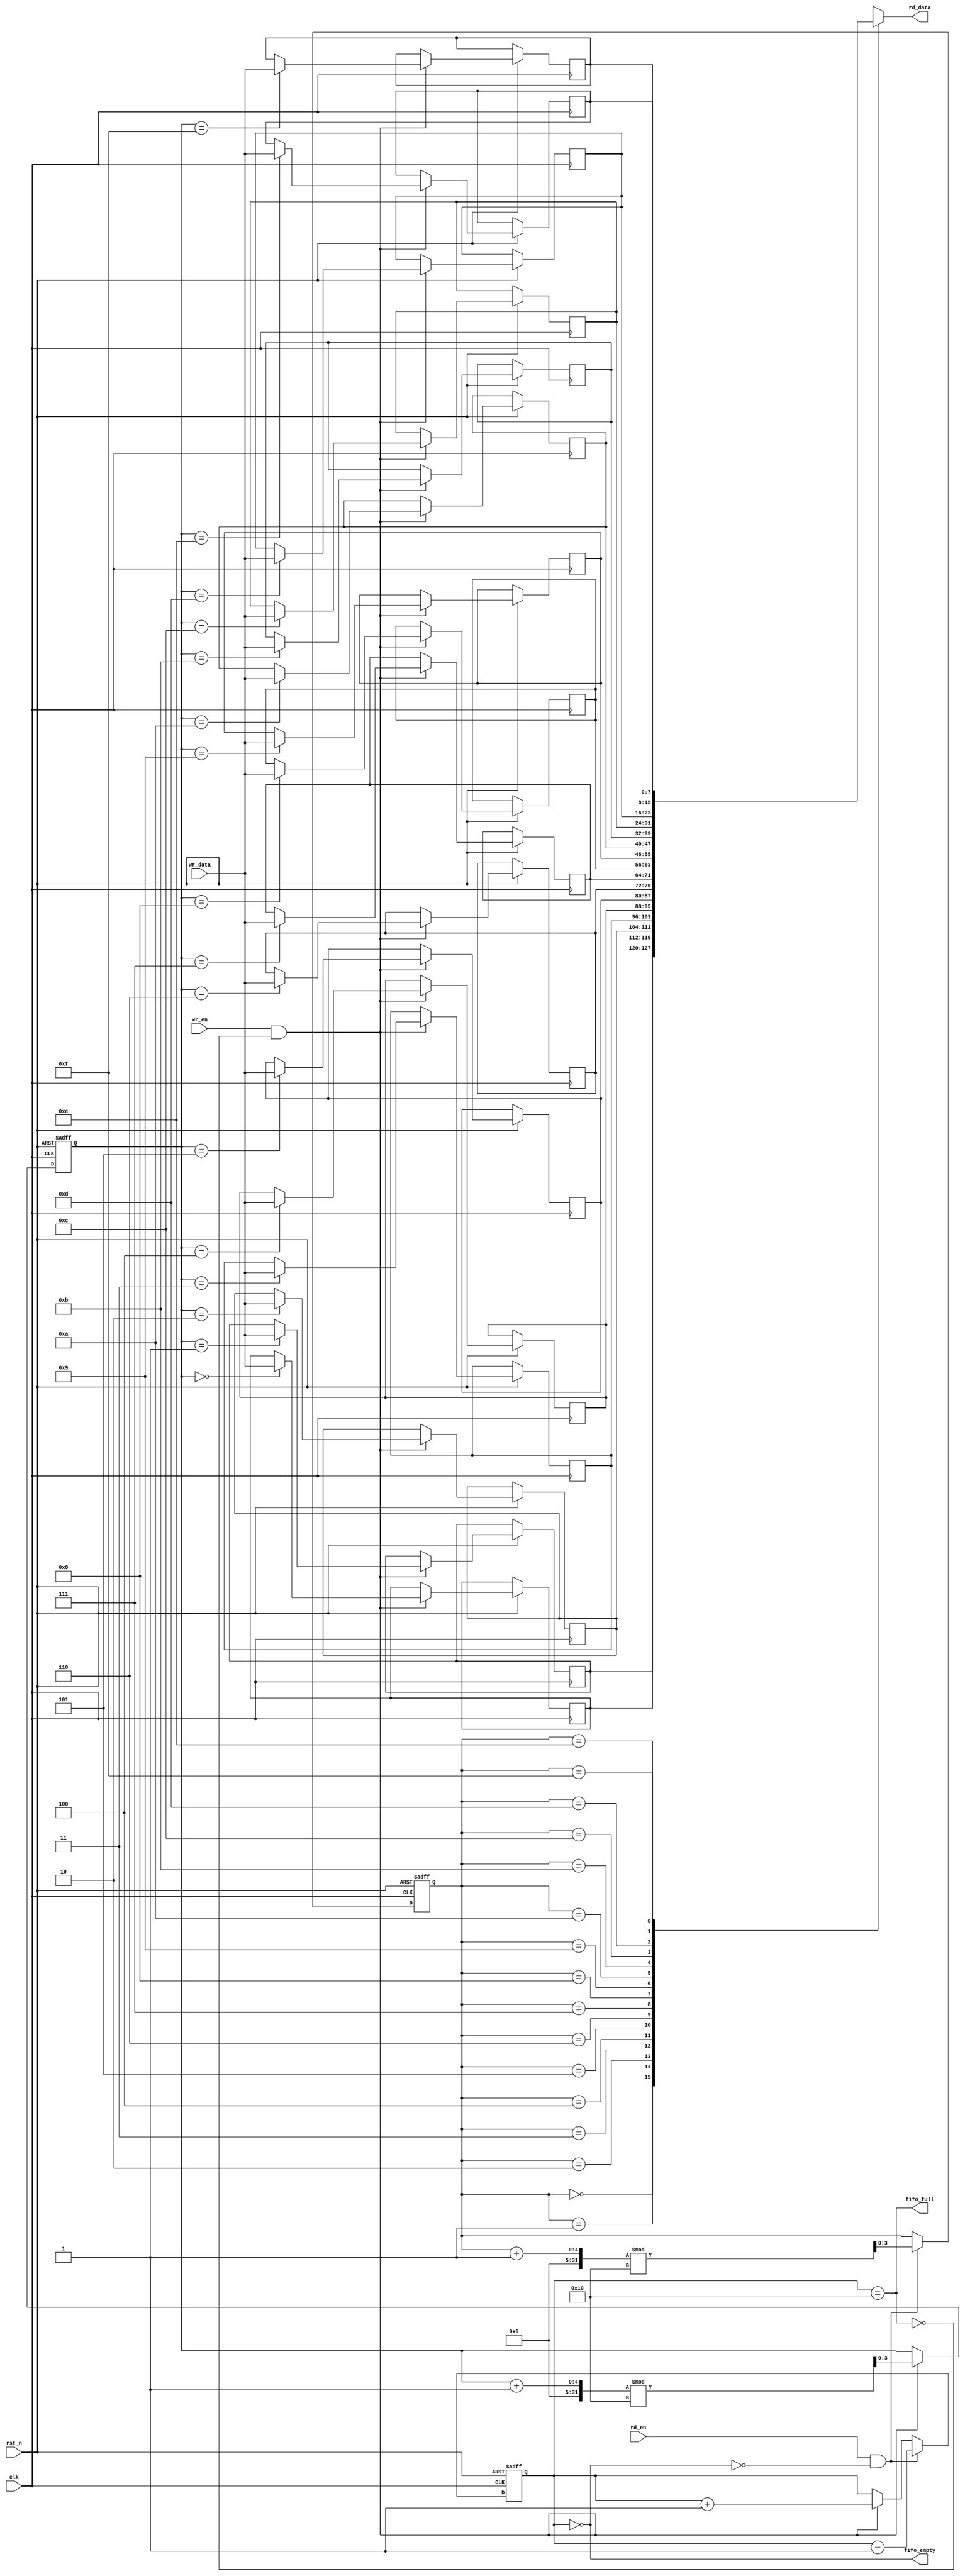
module multiport_fifo #(
    parameter DATA_WIDTH = 8,  // Width of each data entry
    parameter FIFO_DEPTH = 16   // Number of entries in the FIFO
)(
    input wire clk,              // Clock signal
    input wire rst_n,            // Asynchronous reset (active low)
    
    // Write port
    input wire [DATA_WIDTH-1:0] wr_data, // Data to write
    input wire wr_en,            // Write enable
    output wire fifo_full,       // FIFO full flag
    
    // Read port
    output wire [DATA_WIDTH-1:0] rd_data, // Data read
    input wire rd_en,            // Read enable
    output wire fifo_empty        // FIFO empty flag
);

    // Internal storage array
    reg [DATA_WIDTH-1:0] fifo_mem [0:FIFO_DEPTH-1];
    
    // Read and write pointers
    reg [$clog2(FIFO_DEPTH)-1:0] wr_ptr;
    reg [$clog2(FIFO_DEPTH)-1:0] rd_ptr;
    
    // Count of the number of items in the FIFO
    reg [$clog2(FIFO_DEPTH+1)-1:0] count;

    // Full and empty flags
    assign fifo_full = (count == FIFO_DEPTH);
    assign fifo_empty = (count == 0);
    assign rd_data = fifo_mem[rd_ptr];

    // Asynchronous reset and FIFO operation
    always @(posedge clk or negedge rst_n) begin
        if (!rst_n) begin
            wr_ptr <= 0;
            rd_ptr <= 0;
            count <= 0;
        end else begin
            // Write operation
            if (wr_en && !fifo_full) begin
                fifo_mem[wr_ptr] <= wr_data;
                wr_ptr <= (wr_ptr + 1) % FIFO_DEPTH;
                count <= count + 1;
            end
            
            // Read operation
            if (rd_en && !fifo_empty) begin
                rd_ptr <= (rd_ptr + 1) % FIFO_DEPTH;
                count <= count - 1;
            end
        end
    end

endmodule